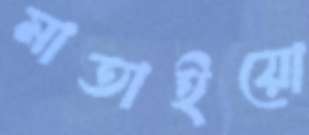
মাতাইয়ো